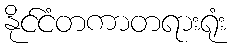
နိုင်ငံတကာတရားရုံး